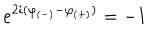
LaTeX: e ^ { 2 i ( \varphi _ { ( - ) } - \varphi _ { ( + ) } ) } = - 1